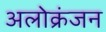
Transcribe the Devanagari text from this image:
अलोक्रंजन